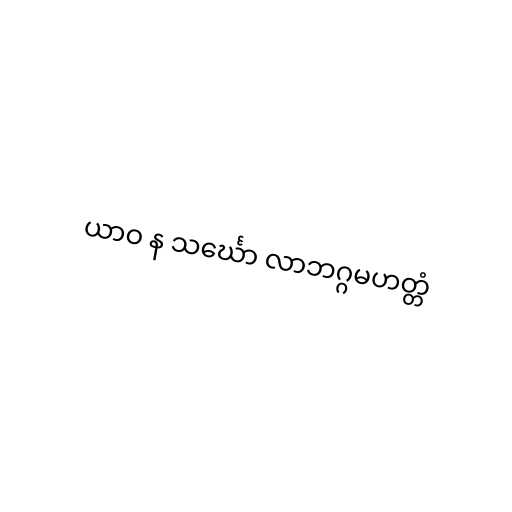
ယာဝ န သင်္ဃော လာဘဂ္ဂမဟတ္တံ